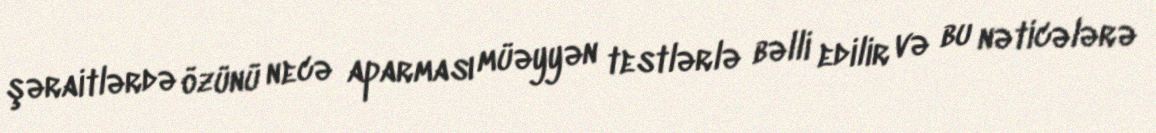
şəraitlərdə özünü necə aparması müəyyən testlərlə bəlli edilir və bu nəticələrə